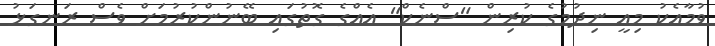
ވުމާއެކު މިއީ ނިދުމުގެ ކުރިން "ސްނެކް" އެއްގެ ގޮތުގައި ބޭނުންކުުރުމަށް ވެސް ރަނގަޅު